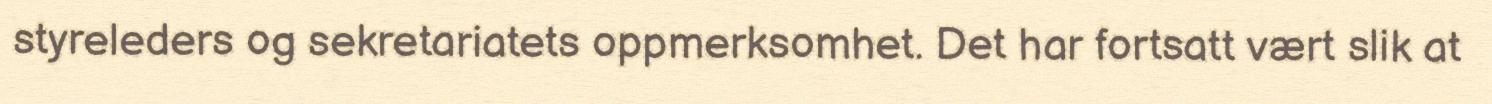
styreleders og sekretariatets oppmerksomhet. Det har fortsatt vært slik at